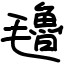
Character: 氌